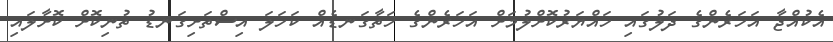
އެކުއްޖާ އަހަރެންގެ ދަލުގައި ހައްޔަރުކޮށްލުމަށް އަހަރެންގެ ހަތާގަނޑެއް ކަހަލަ އިސްތަށިގަނޑު ތުނިކޮށް ކޮށާލައި